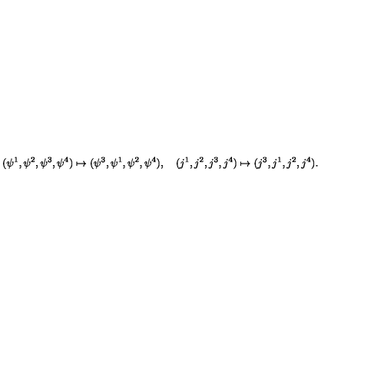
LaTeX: ( \psi ^ { 1 } , \psi ^ { 2 } , \psi ^ { 3 } , \psi ^ { 4 } ) \mapsto ( \psi ^ { 3 } , \psi ^ { 1 } , \psi ^ { 2 } , \psi ^ { 4 } ) , \quad ( j ^ { 1 } , j ^ { 2 } , j ^ { 3 } , j ^ { 4 } ) \mapsto ( j ^ { 3 } , j ^ { 1 } , j ^ { 2 } , j ^ { 4 } ) .